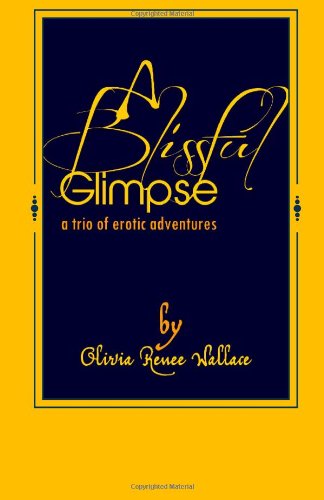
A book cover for A Blissful Glimpse: A Trio of Erotic Adventures; Olivia Renee Wallace; Romance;